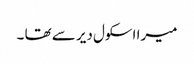
میرا اسکول دیر سے تھا ۔